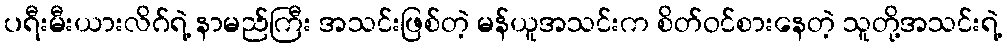
ပရီးမီးယားလိဂ်ရဲ့ နာမည်ကြီး အသင်းဖြစ်တဲ့ မန်ယူအသင်းက စိတ်ဝင်စားနေတဲ့ သူတို့အသင်းရဲ့